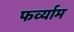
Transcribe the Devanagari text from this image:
फर्व्याम